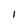
Character: I